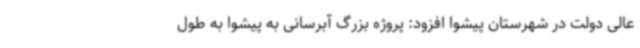
عالی دولت در شهرستان پیشوا افزود: پروژه بزرگ آبرسانی به پیشوا به طول